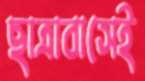
ছাত্রাবাসেই